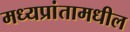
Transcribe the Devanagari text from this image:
मध्यप्रांतामधील